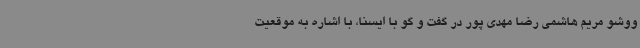
ووشو مریم هاشمی رضا مهدی پور در گفت و گو با ایسنا، با اشاره به موقعیت